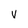
Character: V